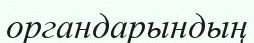
органдарындың